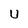
Character: U